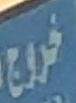
خروج